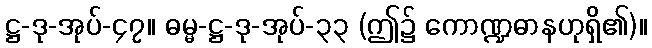
ဋ္ဌ-ဒု-အုပ်-၄၇။ ဓမ္မ-ဋ္ဌ-ဒု-အုပ်-၃၃ (ဤ၌ ကောဏ္ဍဓာနဟုရှိ၏)။